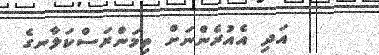
އަދި އެއުރެންނަށް ތިމަންރަސްކަލާނގެ